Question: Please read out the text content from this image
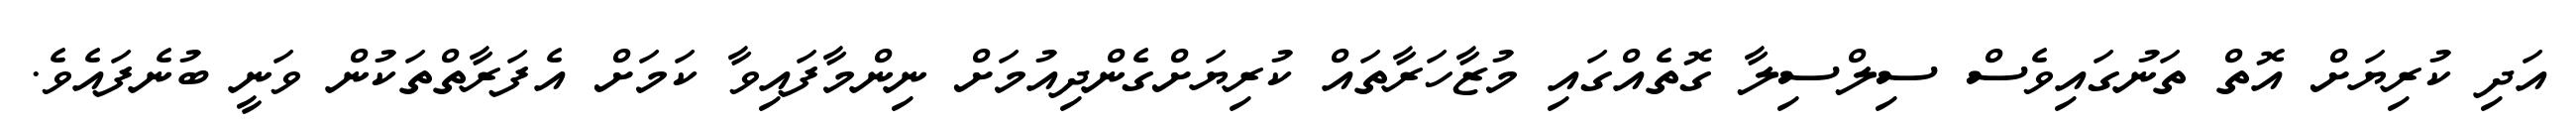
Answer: އަދި ކުރިޔަށް އޮތް ތަނުގައިވެސް ސިލްސިލާ ގޮތެއްގައި މުޒާހަރާތައް ކުރިޔަށްގެންދިއުމަށް ނިންމާފައިވާ ކަމަށް އެފަރާތްތަކުން ވަނީ ބުނެފައެވެ.